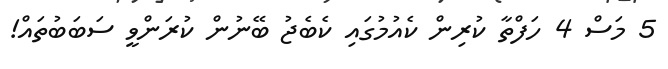
5 މަސް 4 ހަފްތާ ކުރިން ކެއުމުގައި ކެބެޖު ބޭނުން ކުރަންވީ ސަބަބުތައް!